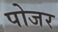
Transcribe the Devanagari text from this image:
पोजर